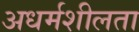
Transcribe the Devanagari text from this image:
अधर्मशीलता